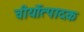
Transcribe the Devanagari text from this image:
वीर्योत्पादक